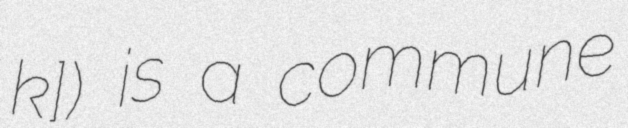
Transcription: kʁɛʃ]) is a commune